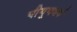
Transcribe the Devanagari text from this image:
पीयूषवर्ष